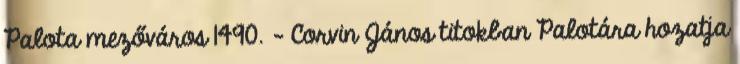
Palota mezőváros 1490. – Corvin János titokban Palotára hozatja